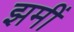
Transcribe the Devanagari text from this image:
झमीं